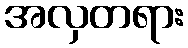
အလှတရား